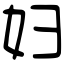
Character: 妇